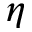
\eta